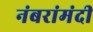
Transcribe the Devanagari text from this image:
नंबरांमंदी